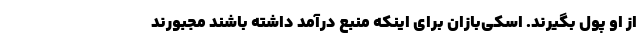
از او پول بگیرند. اسکی‌بازان برای اینکه منبع درآمد داشته باشند مجبورند